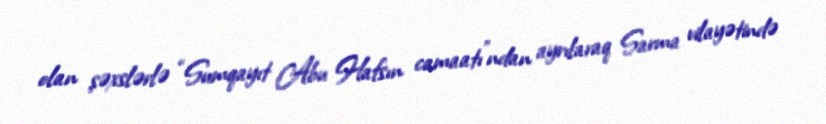
olan şəxslərlə “Sumqayıt Abu Hafsın camaatı”ndan ayrılaraq Sarma vilayətində